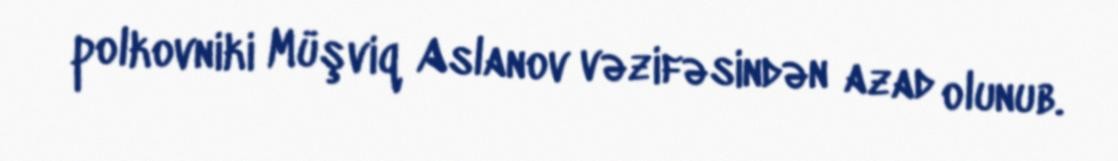
polkovniki Müşviq Aslanov vəzifəsindən azad olunub.